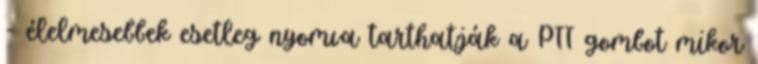
- élelmesebbek esetleg nyomva tarthatják a PTT gombot mikor